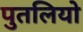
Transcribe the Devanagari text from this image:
पुतलियो